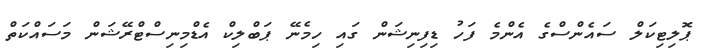
ޕޮލިޓިކަލް ސައެންސްގެ އެންމެ ފަހު ޑިފިނިޝަން ގައި ހިމެނޭ ޕަބްލިކް އެޑްމިނިސްޓްރޭޝަން މަސައްކަތް